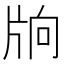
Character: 𤖽